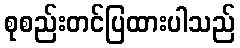
စုစည်းတင်ပြထားပါသည်